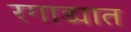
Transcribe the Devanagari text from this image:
रगाड्यात